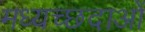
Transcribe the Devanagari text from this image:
मध्यच्छदाओं